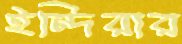
ইন্দিরার